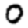
Digit: 0